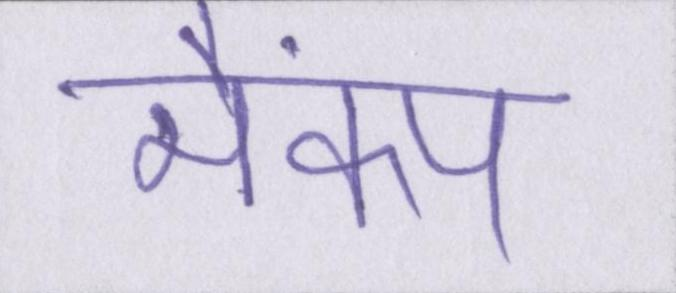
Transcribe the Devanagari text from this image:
भैकंप